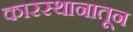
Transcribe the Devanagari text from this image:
कारस्थानातून